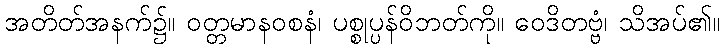
အတိတ်အနက်၌။ ဝတ္တမာနဝစနံ၊ ပစ္စုပ္ပန်ဝိဘတ်ကို။ ဝေဒိတဗ္ဗံ၊ သိအပ်၏။